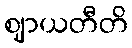
ဈာယတီတိ